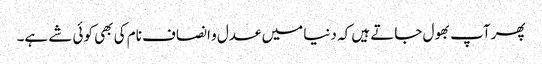
پھر آپ بھول جاتے ہیں کہ دنیا میں عدل و انصاف نام کی بھی کوئی شے ہے۔